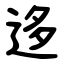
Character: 迻